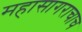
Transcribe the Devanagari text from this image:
महासागराचाच